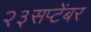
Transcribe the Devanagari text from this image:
२३सप्टेंबर